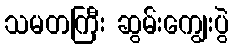
သမတကြီး ဆွမ်းကျွေးပွဲ